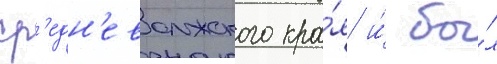
ср'едн'еволжского кра́я и́ бы́л